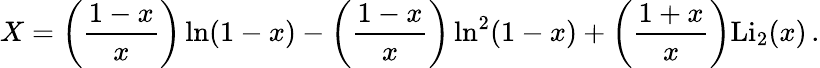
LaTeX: X=\left(\frac{1-x}{x}\right)\ln(1-x)-\left(\frac{1-x}{x}\right)\ln^{2}(1-x)+\left(\frac{1+x}{x}\right)\mathrm{Li_{2}}(x)\, .